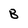
Character: B